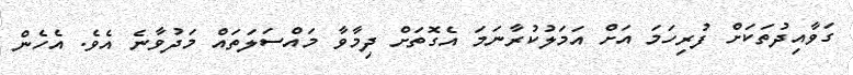
ގަވާއިދުތަކަށް ފުރިހަމަ އަށް އަމަލުކުރާނަމަ އެގޮތަށް ދިމާވާ މައްސަލަތައް މަދުވާނެ އެވެ. އެހެން